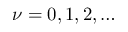
\nu = 0 , 1 , 2 , \ldots